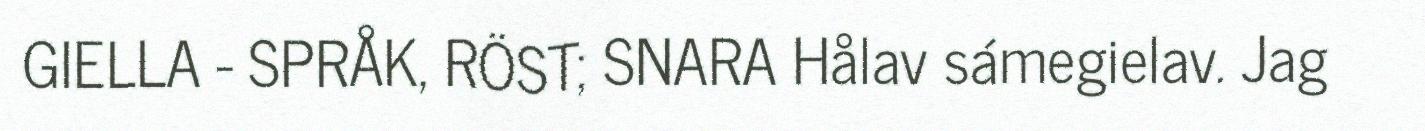
GIELLA - SPRÅK, RÖST; SNARA Hålav sámegielav. Jag